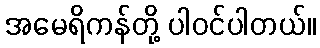
အမေရိကန်တို့ ပါဝင်ပါတယ်။